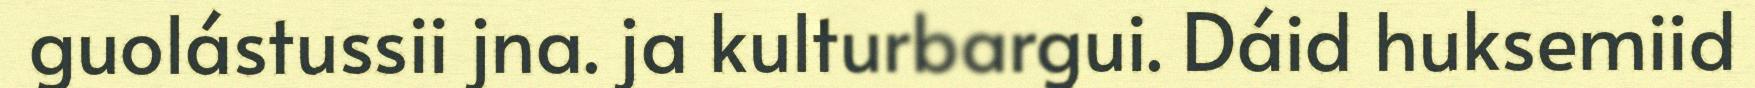
guolástussii jna. ja kulturbargui. Dáid huksemiid